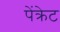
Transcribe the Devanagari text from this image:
पेंक्रेट